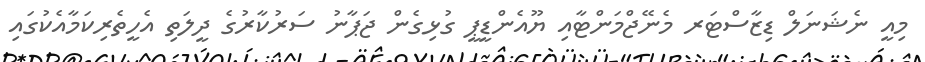
މިއީ ނެޝަނަލް ޑިޒާސްޓަރ މެނޭޖްމަންޓާއި ޔޫއެންޑީޕީ ގުޅިގެން ޖަޕާނު ސަރުކާރުގެ ދީލަތި އެހީތެރިކަމާއެކުގައި